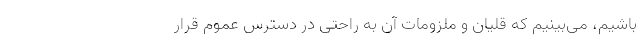
باشیم، می‌بینیم که قلیان و ملزومات آن به راحتی در دسترس عموم قرار